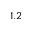
1 . 2